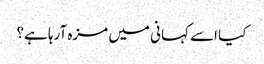
کیا اسے کہانی میں مزہ آرہا ہے؟